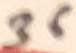
Text: 36